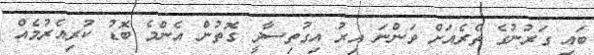
ބައި ގަރުނުގެ ތެރެއަށް ވަންނަ އިރު އިގުތިސާދީ ގޮތުން އެންމެ ބޮޑު ކުރިއެރުމެއް